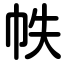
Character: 帙